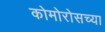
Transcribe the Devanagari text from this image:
कोमोरोसच्या